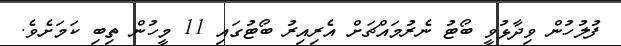
ފުލުހުން ވިދާޅުވީ ބޯޓު ނެރުމައްޗަށް އެރިއިރު ބޯޓުގައި 11 މީހުން ތިބި ކަމަށެވެ.